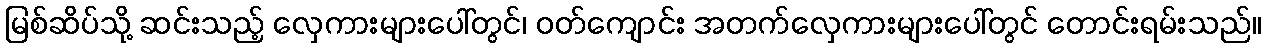
မြစ်ဆိပ်သို့ ဆင်းသည့် လှေကားများပေါ်တွင်၊ ဝတ်ကျောင်း အတက်လှေကားများပေါ်တွင် တောင်းရမ်းသည်။